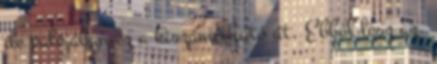
de valójában ez a kiszámítható út. Ebből lesz az,